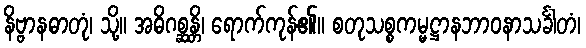
နိဗ္ဗာနဓာတုံ၊ သို့။ အဓိဂစ္ဆန္တိ၊ ရောက်ကုန်၏။ စတုသစ္စကမ္မဋ္ဌာနဘာဝနာသင်္ခါတံ၊